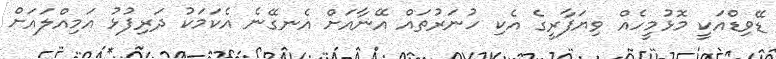
ޑޭވިޑްއަކީ މޮޅުމީހެއް ވިޔަފާރީގެ އެކި ހުނަރުތައް އޭނާއަށް އެނގޭނެ އެކަމަކު ދަރިފުޅު އަމިއްލައަށް